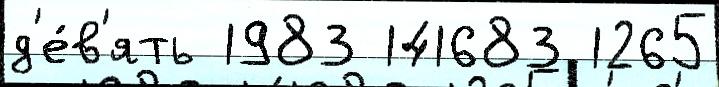
д'е́в'ять 1983 141683 1265